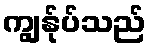
ကျွန်ုပ်သည်